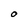
Character: O